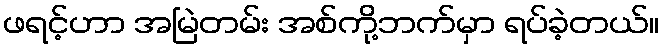
ဖရင့်ဟာ အမြဲတမ်း အစ်ကို့ဘက်မှာ ရပ်ခဲ့တယ်။